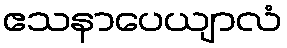
ဧသနာပေယျာလံ